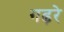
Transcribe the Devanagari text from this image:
गढ़रे